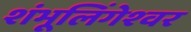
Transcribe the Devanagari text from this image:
शंभूलिंगेश्‍वर